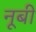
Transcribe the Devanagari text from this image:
नूबी